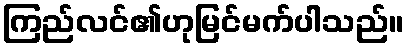
ကြည်လင်၏ဟုမြင်မက်ပါသည်။